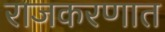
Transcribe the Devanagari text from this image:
राजकरणात